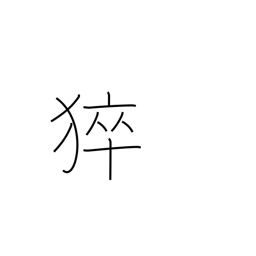
Meaning: sudden